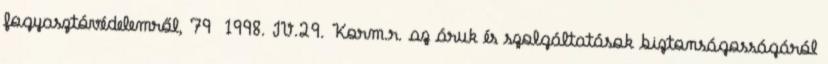
fogyasztóvédelemről, 79 1998. IV.29. Korm.r. az áruk és szolgáltatások biztonságosságáról